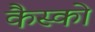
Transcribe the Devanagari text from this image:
कैस्को